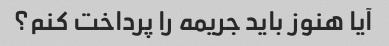
آیا هنوز باید جریمه را پرداخت کنم؟